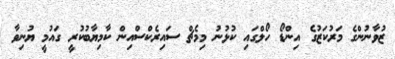
ޒުވާނުންގެ މަރުކަޒުގެ އިންޑޯ ހޯލްގައި ކުޅުނު މިމެޗް ސައިރެކްސްއިން ކާމިޔާބުކުރީ ގައުމީ ޔުނިވާ